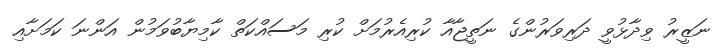
ނަޒީރު ވިދާޅުވީ ދަރިވަރުންގެ ނަތީޖާއާ ކުރިއެރުމަށް ކުރި މަސައްކަތް ކާމިޔާބުވަމުން އަންނަ ކަމަށާއި